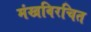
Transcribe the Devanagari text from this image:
मंखविरचित